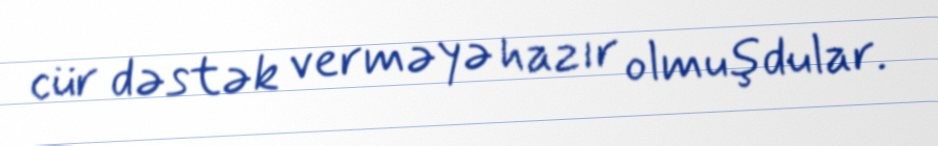
cür dəstək verməyə hazır olmuşdular.